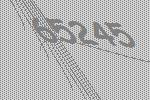
65245